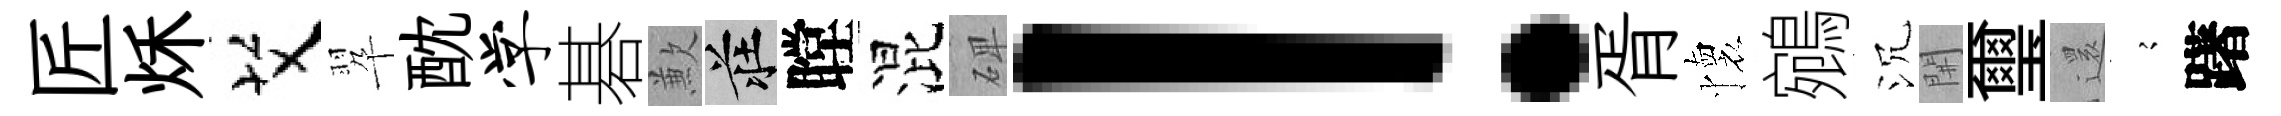
匠秌艾翆酖学碁歉莊瞠混𥓓！胥懷鵷沉𨳩璽𮟃𡪹躇